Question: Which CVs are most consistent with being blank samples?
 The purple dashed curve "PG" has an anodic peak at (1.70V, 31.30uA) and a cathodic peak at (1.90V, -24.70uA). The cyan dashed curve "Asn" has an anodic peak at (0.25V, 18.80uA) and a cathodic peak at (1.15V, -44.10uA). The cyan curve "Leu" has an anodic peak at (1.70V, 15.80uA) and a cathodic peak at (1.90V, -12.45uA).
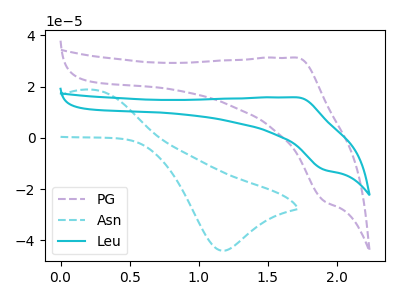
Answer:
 <answer>There are not any CV's on this graph that are likely to be blanks.</answer>
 <eval>none</eval>